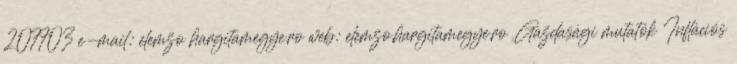
207703 e-mail: elemzo hargitamegye.ro web: elemzo.hargitamegye.ro Gazdasági mutatók Inflációs